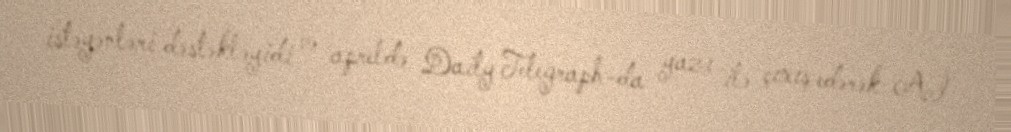
istəyənləri dəstəkləyidi və apreldə Daily Telegraph-da yazı ilə çıxış edərək Aİ